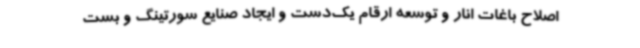
اصلاح باغات انار و توسعه ارقام یک‌دست و ایجاد صنایع سورتینگ و بست